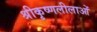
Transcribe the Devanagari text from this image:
श्रीकृष्णलीलाओं